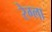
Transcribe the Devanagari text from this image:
रेग्ला